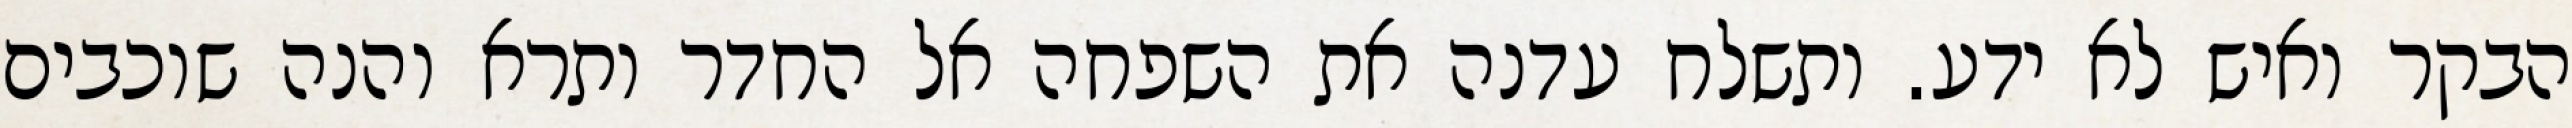
הבקר ואיש לא ידע. ותשלח עדנה את השפחה אל החדר ותרא והנה שוכבים